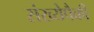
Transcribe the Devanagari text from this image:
संख्येपैकी